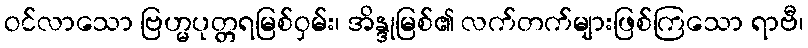
ဝင်လာသော ဗြဟ္မပုတ္တရမြစ်ဝှမ်း၊ အိန္ဒုမြစ်၏ လက်တက်များဖြစ်ကြသော ရာဗီ၊